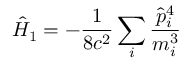
{ \hat { H } } _ { 1 } = - { \frac { 1 } { 8 c ^ { 2 } } } \sum _ { i } { \frac { { \hat { p } } _ { i } ^ { 4 } } { m _ { i } ^ { 3 } } }